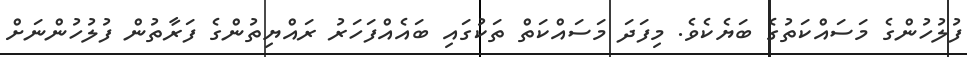
ފުލުހުންގެ މަސައްކަތުގެ ބަޔެކެވެ. މިފަދަ މަސައްކަތް ތަކުގައި ބައެއްފަހަރު ރައްޔިތުންގެ ފަރާތުން ފުލުހުންނަށް